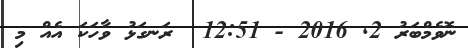
ނޮވެމްބަރު 2